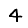
Digit: 4